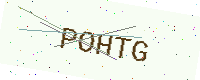
Text: POHTG